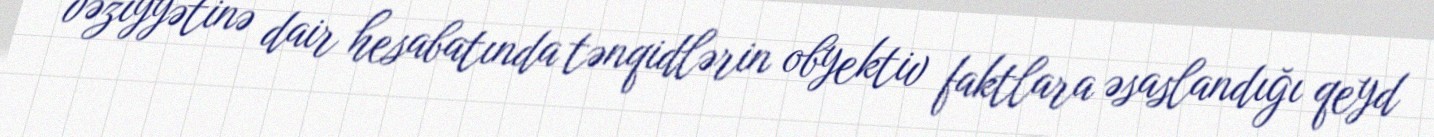
vəziyyətinə dair hesabatında tənqidlərin obyektiv faktlara əsaslandığı qeyd